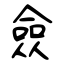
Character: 僉